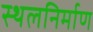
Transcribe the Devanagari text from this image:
स्थलनिर्माण